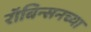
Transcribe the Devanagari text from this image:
रॉबिन्सनच्या